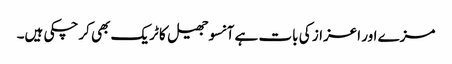
مزے اور اعزاز کی بات ہے آنسوجھیل کا ٹریک بھی کرچکی ہیں۔